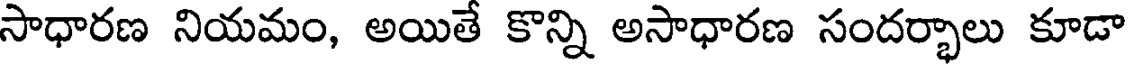
సాధారణ నియమం, అయితే కొన్ని అసాధారణ సందర్భాలు కూడా